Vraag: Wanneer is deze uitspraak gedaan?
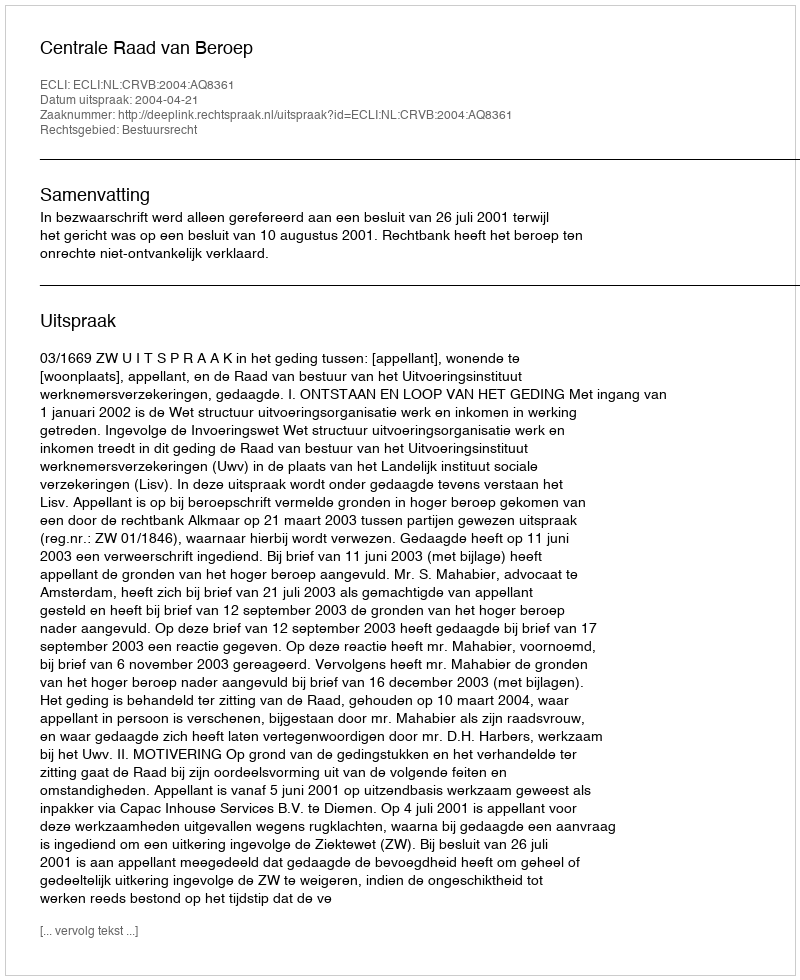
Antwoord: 2004-04-21